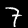
Digit: 7